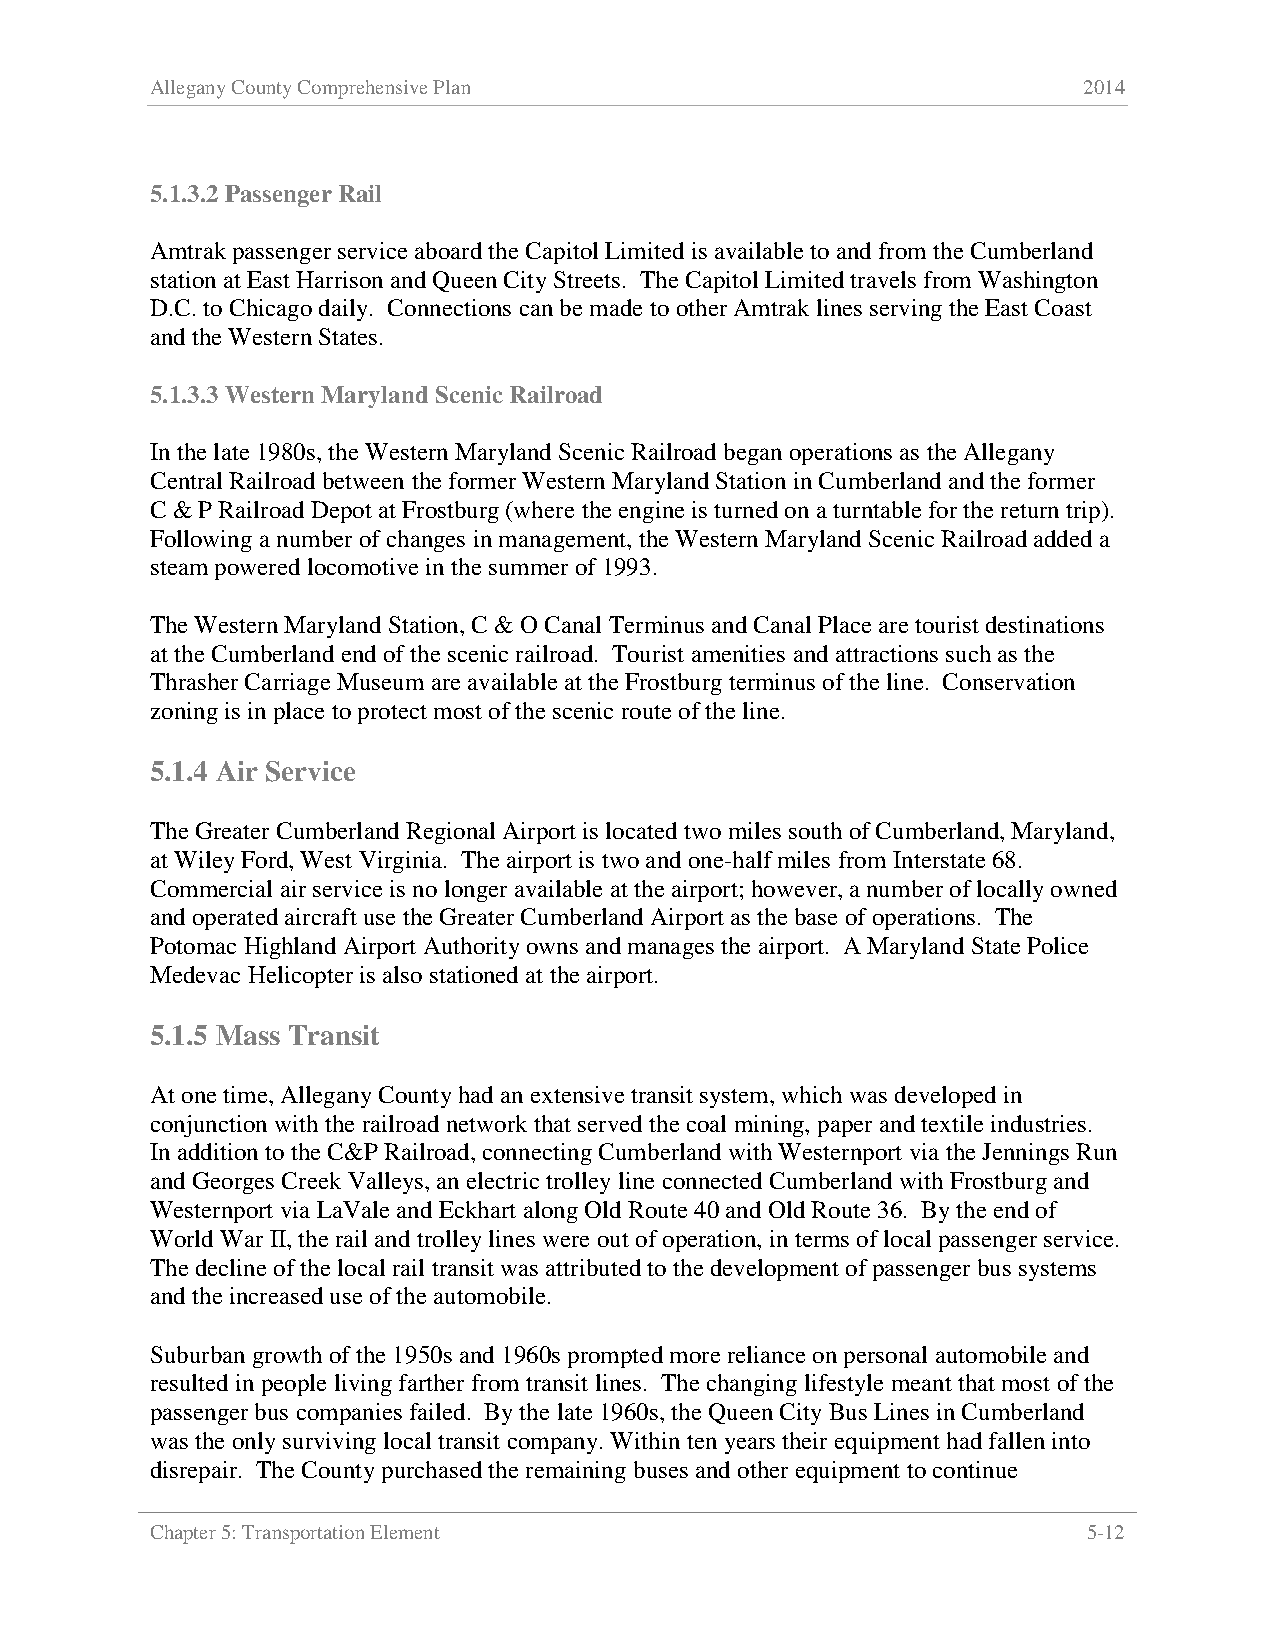
Allegany County Comprehensive Plan                            2014
 5.1.3.2 Passenger Rail
 Amtrak passenger service aboard the Capitol Limited is available to and from the Cumberland
 station at East Harrison and Queen City Streets. The Capitol Limited travels from Washington
 D.C. to Chicago daily. Connections can be made to other Amtrak lines serving the East Coast
 and the Western States.
 5.1.3.3 Western Maryland Scenic Railroad
 In the late 1980s, the Western Maryland Scenic Railroad began operations as the Allegany
 Central Railroad between the former Western Maryland Station in Cumberland and the former
 C & P Railroad Depot at Frostburg (where the engine is turned on a turntable for the return trip).
 Following a number of changes in management, the Western Maryland Scenic Railroad added a
 steam powered locomotive in the summer of 1993.
 The Western Maryland Station, C & O Canal Terminus and Canal Place are tourist destinations
 at the Cumberland end of the scenic railroad. Tourist amenities and attractions such as the
 Thrasher Carriage Museum are available at the Frostburg terminus of the line. Conservation
 zoning is in place to protect most of the scenic route of the line.
 5.1.4 Air Service
 The Greater Cumberland Regional Airport is located two miles south of Cumberland, Maryland,
 at Wiley Ford, West Virginia. The airport is two and one-half miles from Interstate 68.
 Commercial air service is no longer available at the airport; however, a number of locally owned
 and operated aircraft use the Greater Cumberland Airport as the base of operations. The
 Potomac Highland Airport Authority owns and manages the airport. A Maryland State Police
 Medevac Helicopter is also stationed at the airport.
 5.1.5 Mass Transit
 At one time, Allegany County had an extensive transit system, which was developed in
 conjunction with the railroad network that served the coal mining, paper and textile industries.
 In addition to the C&P Railroad, connecting Cumberland with Westernport via the Jennings Run
 and Georges Creek Valleys, an electric trolley line connected Cumberland with Frostburg and
 Westernport via LaVale and Eckhart along Old Route 40 and Old Route 36. By the end of
 World War II, the rail and trolley lines were out of operation, in terms of local passenger service.
 The decline of the local rail transit was attributed to the development of passenger bus systems
 and the increased use of the automobile.
 Suburban growth of the 1950s and 1960s prompted more reliance on personal automobile and
 resulted in people living farther from transit lines. The changing lifestyle meant that most of the
 passenger bus companies failed. By the late 1960s, the Queen City Bus Lines in Cumberland
 was the only surviving local transit company. Within ten years their equipment had fallen into
 disrepair. The County purchased the remaining buses and other equipment to continue
 Chapter 5: Transportation Element                             5-12